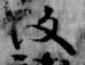
改